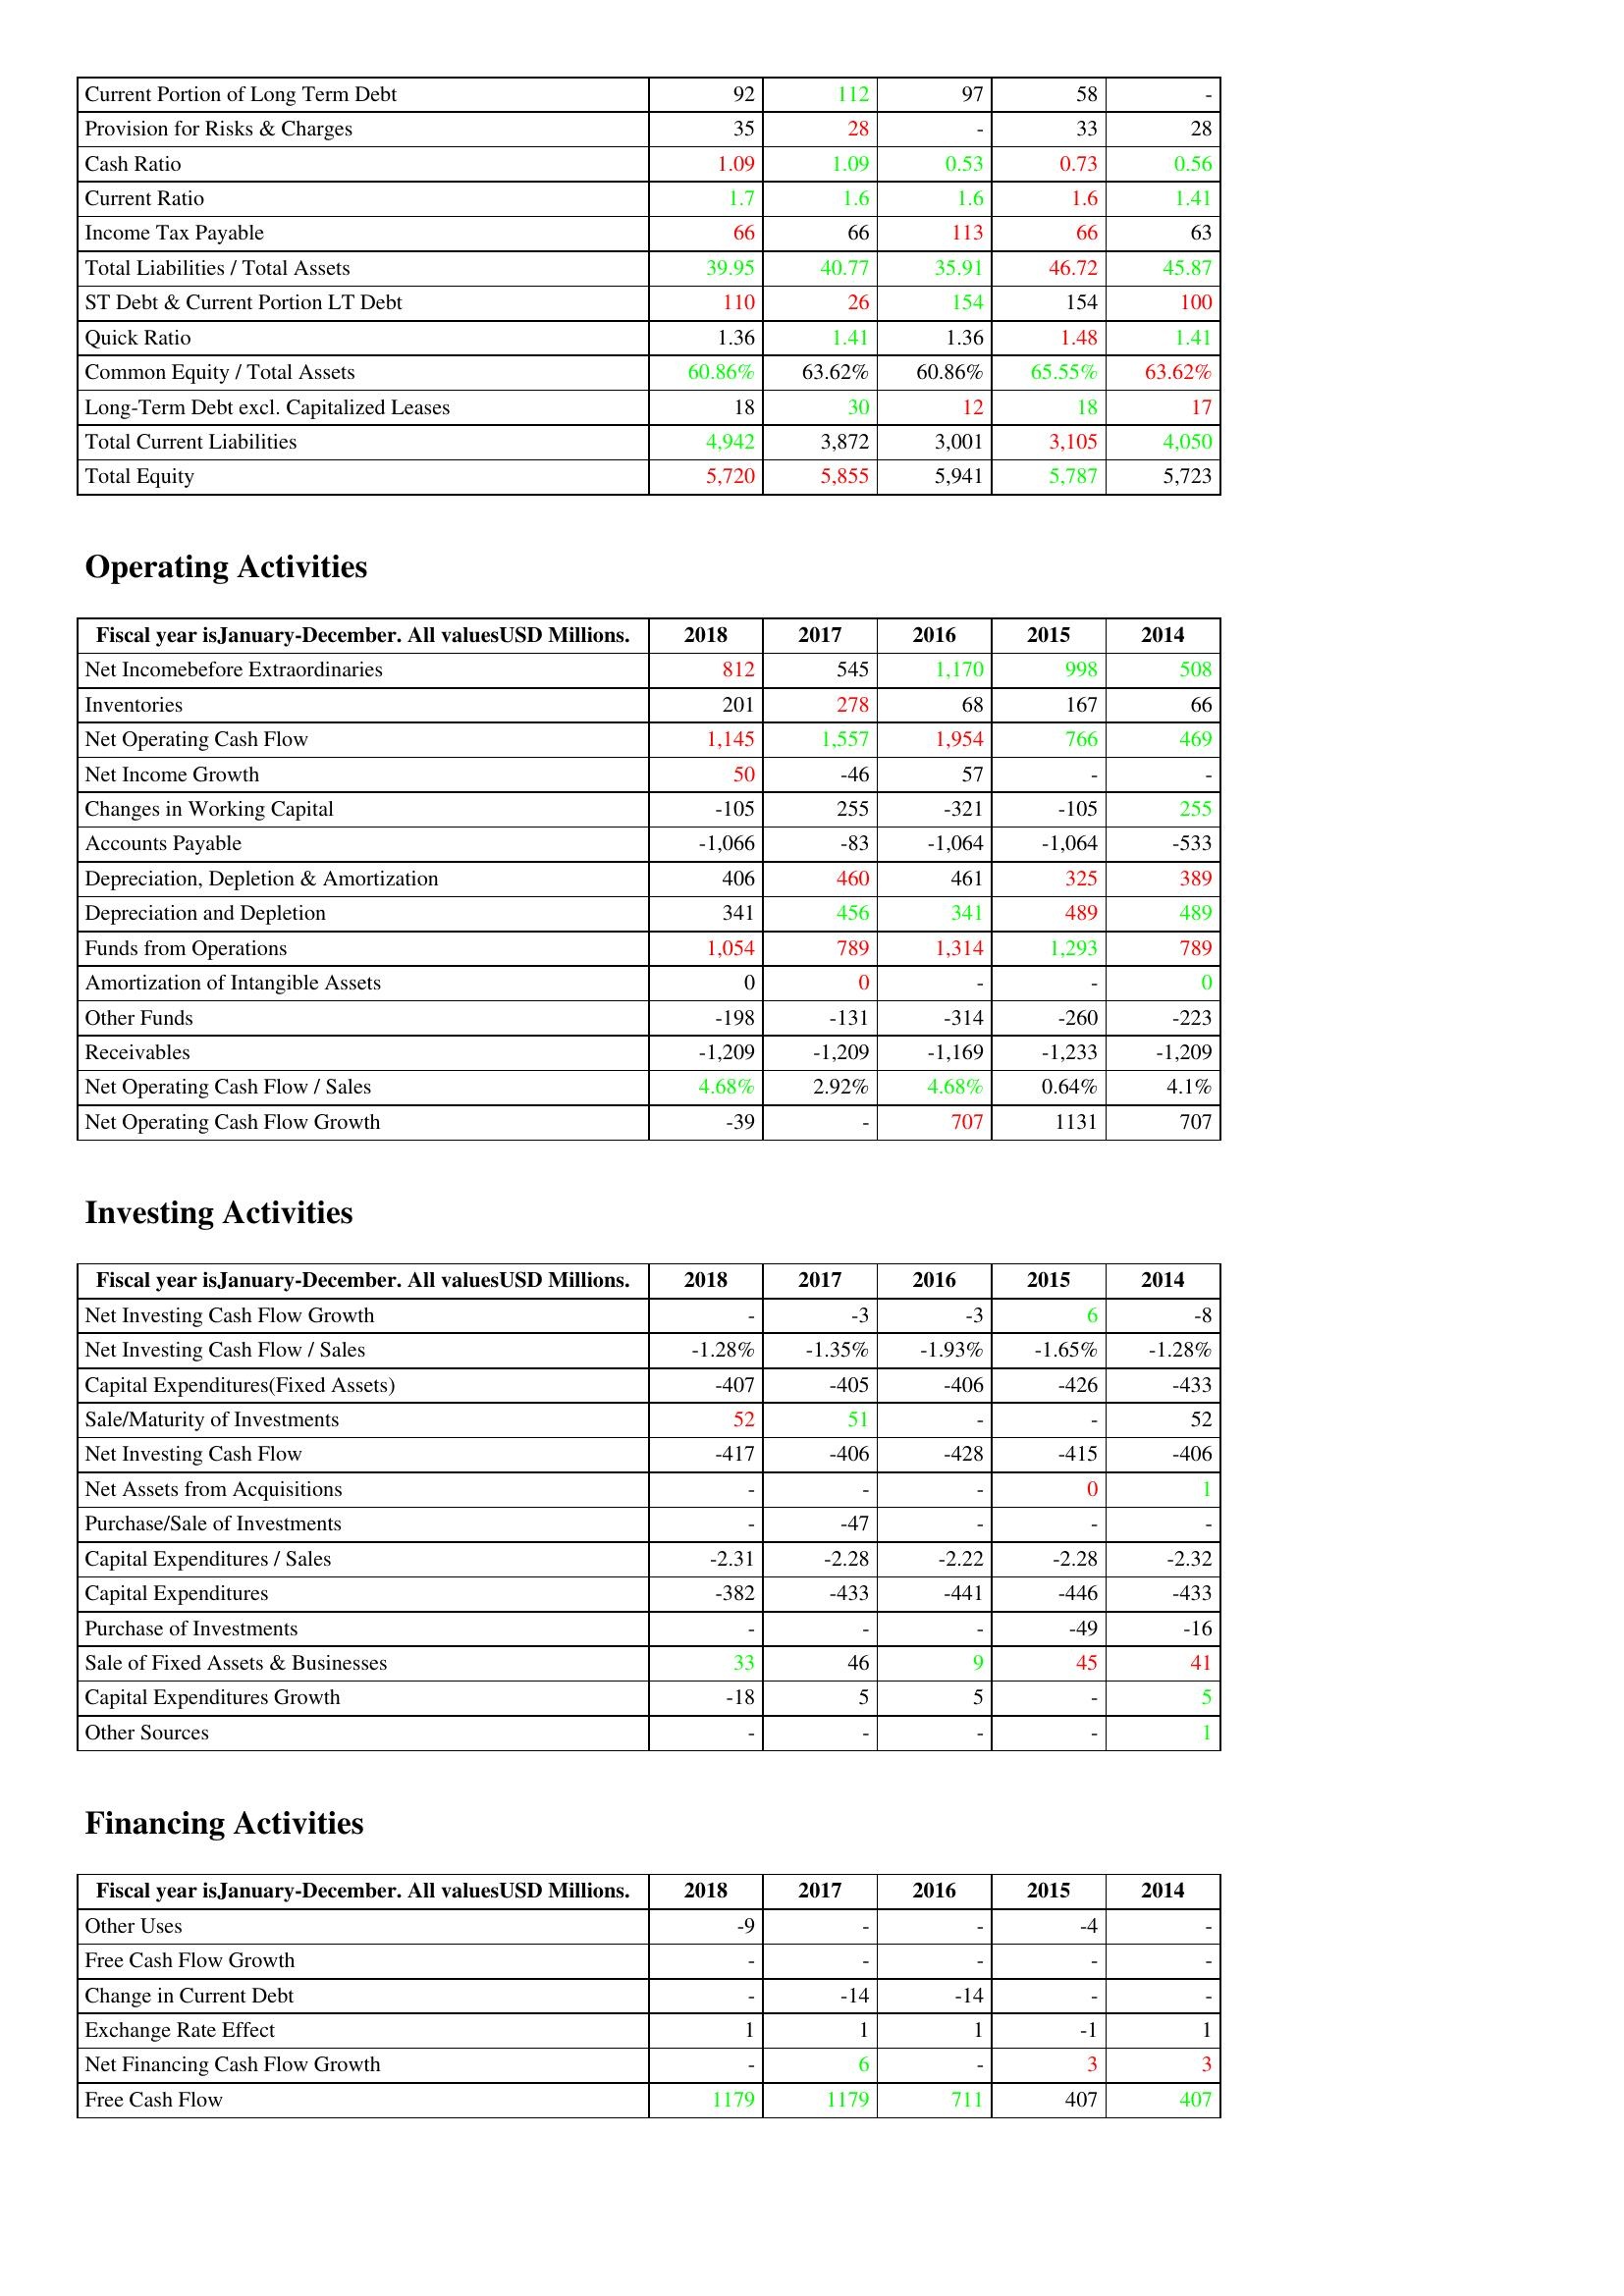
gt_parse: 2018: Liabilities & Shareholder's Equity: Current Portion of Long Term Debt: 92
Provision for Risks & Charges: 35
Cash Ratio: 1.09
Current Ratio: 1.7
Income Tax Payable: 66
Total Liabilities / Total Assets: 39.95
ST Debt & Current Portion LT Debt: 110
Quick Ratio: 1.36
Common Equity / Total Assets: 60.86%
Long-Term Debt excl. Capitalized Leases: 18
Total Current Liabilities: 4,942
Total Equity: 5,720
Operating Activities: Net Incomebefore Extraordinaries: 812
Inventories: 201
Net Operating Cash Flow: 1,145
Net Income Growth: 50
Changes in Working Capital: -105
Accounts Payable: -1,066
Depreciation, Depletion & Amortization: 406
Depreciation and Depletion: 341
Funds from Operations: 1,054
Amortization of Intangible Assets: 0
Other Funds: -198
Receivables: -1,209
Net Operating Cash Flow / Sales: 4.68%
Net Operating Cash Flow Growth: -39
Investing Activities: Net Investing Cash Flow Growth: -
Net Investing Cash Flow / Sales: -1.28%
Capital Expenditures(Fixed Assets): -407
Sale/Maturity of Investments: 52
Net Investing Cash Flow: -417
Net Assets from Acquisitions: -
Purchase/Sale of Investments: -
Capital Expenditures / Sales: -2.31
Capital Expenditures: -382
Purchase of Investments: -
Sale of Fixed Assets & Businesses: 33
Capital Expenditures Growth: -18
Other Sources: -
Financing Activities: Other Uses: -9
Free Cash Flow Growth: -
Change in Current Debt: -
Exchange Rate Effect: 1
Net Financing Cash Flow Growth: -
Free Cash Flow: 1179
2017: Liabilities & Shareholder's Equity: Current Portion of Long Term Debt: 112
Provision for Risks & Charges: 28
Cash Ratio: 1.09
Current Ratio: 1.6
Income Tax Payable: 66
Total Liabilities / Total Assets: 40.77
ST Debt & Current Portion LT Debt: 26
Quick Ratio: 1.41
Common Equity / Total Assets: 63.62%
Long-Term Debt excl. Capitalized Leases: 30
Total Current Liabilities: 3,872
Total Equity: 5,855
Operating Activities: Net Incomebefore Extraordinaries: 545
Inventories: 278
Net Operating Cash Flow: 1,557
Net Income Growth: -46
Changes in Working Capital: 255
Accounts Payable: -83
Depreciation, Depletion & Amortization: 460
Depreciation and Depletion: 456
Funds from Operations: 789
Amortization of Intangible Assets: 0
Other Funds: -131
Receivables: -1,209
Net Operating Cash Flow / Sales: 2.92%
Net Operating Cash Flow Growth: -
Investing Activities: Net Investing Cash Flow Growth: -3
Net Investing Cash Flow / Sales: -1.35%
Capital Expenditures(Fixed Assets): -405
Sale/Maturity of Investments: 51
Net Investing Cash Flow: -406
Net Assets from Acquisitions: -
Purchase/Sale of Investments: -47
Capital Expenditures / Sales: -2.28
Capital Expenditures: -433
Purchase of Investments: -
Sale of Fixed Assets & Businesses: 46
Capital Expenditures Growth: 5
Other Sources: -
Financing Activities: Other Uses: -
Free Cash Flow Growth: -
Change in Current Debt: -14
Exchange Rate Effect: 1
Net Financing Cash Flow Growth: 6
Free Cash Flow: 1179
2016: Liabilities & Shareholder's Equity: Current Portion of Long Term Debt: 97
Provision for Risks & Charges: -
Cash Ratio: 0.53
Current Ratio: 1.6
Income Tax Payable: 113
Total Liabilities / Total Assets: 35.91
ST Debt & Current Portion LT Debt: 154
Quick Ratio: 1.36
Common Equity / Total Assets: 60.86%
Long-Term Debt excl. Capitalized Leases: 12
Total Current Liabilities: 3,001
Total Equity: 5,941
Operating Activities: Net Incomebefore Extraordinaries: 1,170
Inventories: 68
Net Operating Cash Flow: 1,954
Net Income Growth: 57
Changes in Working Capital: -321
Accounts Payable: -1,064
Depreciation, Depletion & Amortization: 461
Depreciation and Depletion: 341
Funds from Operations: 1,314
Amortization of Intangible Assets: -
Other Funds: -314
Receivables: -1,169
Net Operating Cash Flow / Sales: 4.68%
Net Operating Cash Flow Growth: 707
Investing Activities: Net Investing Cash Flow Growth: -3
Net Investing Cash Flow / Sales: -1.93%
Capital Expenditures(Fixed Assets): -406
Sale/Maturity of Investments: -
Net Investing Cash Flow: -428
Net Assets from Acquisitions: -
Purchase/Sale of Investments: -
Capital Expenditures / Sales: -2.22
Capital Expenditures: -441
Purchase of Investments: -
Sale of Fixed Assets & Businesses: 9
Capital Expenditures Growth: 5
Other Sources: -
Financing Activities: Other Uses: -
Free Cash Flow Growth: -
Change in Current Debt: -14
Exchange Rate Effect: 1
Net Financing Cash Flow Growth: -
Free Cash Flow: 711
2015: Liabilities & Shareholder's Equity: Current Portion of Long Term Debt: 58
Provision for Risks & Charges: 33
Cash Ratio: 0.73
Current Ratio: 1.6
Income Tax Payable: 66
Total Liabilities / Total Assets: 46.72
ST Debt & Current Portion LT Debt: 154
Quick Ratio: 1.48
Common Equity / Total Assets: 65.55%
Long-Term Debt excl. Capitalized Leases: 18
Total Current Liabilities: 3,105
Total Equity: 5,787
Operating Activities: Net Incomebefore Extraordinaries: 998
Inventories: 167
Net Operating Cash Flow: 766
Net Income Growth: -
Changes in Working Capital: -105
Accounts Payable: -1,064
Depreciation, Depletion & Amortization: 325
Depreciation and Depletion: 489
Funds from Operations: 1,293
Amortization of Intangible Assets: -
Other Funds: -260
Receivables: -1,233
Net Operating Cash Flow / Sales: 0.64%
Net Operating Cash Flow Growth: 1131
Investing Activities: Net Investing Cash Flow Growth: 6
Net Investing Cash Flow / Sales: -1.65%
Capital Expenditures(Fixed Assets): -426
Sale/Maturity of Investments: -
Net Investing Cash Flow: -415
Net Assets from Acquisitions: 0
Purchase/Sale of Investments: -
Capital Expenditures / Sales: -2.28
Capital Expenditures: -446
Purchase of Investments: -49
Sale of Fixed Assets & Businesses: 45
Capital Expenditures Growth: -
Other Sources: -
Financing Activities: Other Uses: -4
Free Cash Flow Growth: -
Change in Current Debt: -
Exchange Rate Effect: -1
Net Financing Cash Flow Growth: 3
Free Cash Flow: 407
2014: Liabilities & Shareholder's Equity: Current Portion of Long Term Debt: -
Provision for Risks & Charges: 28
Cash Ratio: 0.56
Current Ratio: 1.41
Income Tax Payable: 63
Total Liabilities / Total Assets: 45.87
ST Debt & Current Portion LT Debt: 100
Quick Ratio: 1.41
Common Equity / Total Assets: 63.62%
Long-Term Debt excl. Capitalized Leases: 17
Total Current Liabilities: 4,050
Total Equity: 5,723
Operating Activities: Net Incomebefore Extraordinaries: 508
Inventories: 66
Net Operating Cash Flow: 469
Net Income Growth: -
Changes in Working Capital: 255
Accounts Payable: -533
Depreciation, Depletion & Amortization: 389
Depreciation and Depletion: 489
Funds from Operations: 789
Amortization of Intangible Assets: 0
Other Funds: -223
Receivables: -1,209
Net Operating Cash Flow / Sales: 4.1%
Net Operating Cash Flow Growth: 707
Investing Activities: Net Investing Cash Flow Growth: -8
Net Investing Cash Flow / Sales: -1.28%
Capital Expenditures(Fixed Assets): -433
Sale/Maturity of Investments: 52
Net Investing Cash Flow: -406
Net Assets from Acquisitions: 1
Purchase/Sale of Investments: -
Capital Expenditures / Sales: -2.32
Capital Expenditures: -433
Purchase of Investments: -16
Sale of Fixed Assets & Businesses: 41
Capital Expenditures Growth: 5
Other Sources: 1
Financing Activities: Other Uses: -
Free Cash Flow Growth: -
Change in Current Debt: -
Exchange Rate Effect: 1
Net Financing Cash Flow Growth: 3
Free Cash Flow: 407